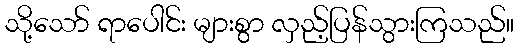
သို့သော် ရာပေါင်း များစွာ လှည့်ပြန်သွားကြသည်။